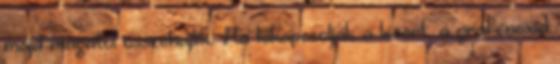
majd magától összehajlik. Ha kikapcsolják a lézert, a grafénoxid